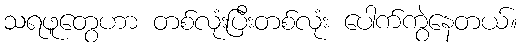
သရဖူတွေဟာ တစ်လုံးပြီးတစ်လုံး ပေါက်ကွဲနေတယ်။